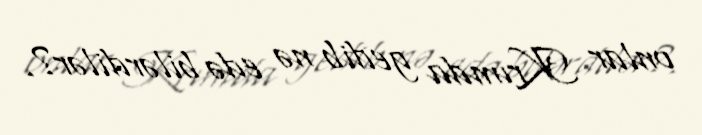
onlar Krımda gedib nə edə bilərdilər?.